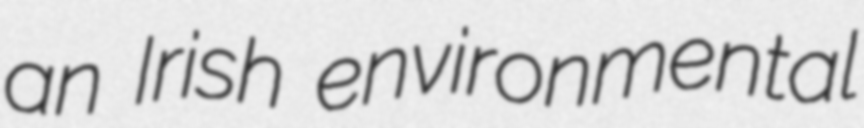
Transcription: an Irish environmental